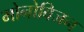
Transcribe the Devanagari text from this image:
मोनोविजन